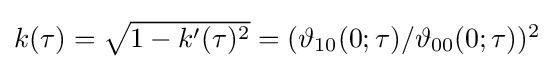
{\textstyle k(\tau )={\sqrt {1-k'(\tau )^{2}}}=(\vartheta _{10}(0;\tau )/\vartheta _{00}(0;\tau ))^{2}}